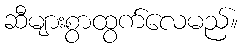
ဆီများစွာထွက်လေမည်။